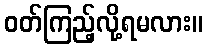
ဝတ်ကြည့်လို့ရမလား။